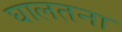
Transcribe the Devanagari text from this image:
घालतना